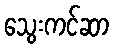
သွေးကင်ဆာ